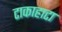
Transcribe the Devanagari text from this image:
टाकाहाटा